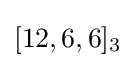
[12,6,6]_{3}